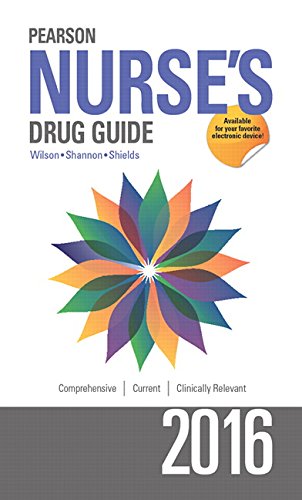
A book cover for Pearson Nurse's Drug Guide 2016; Billie A Wilson; Medical Books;